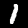
Digit: 1